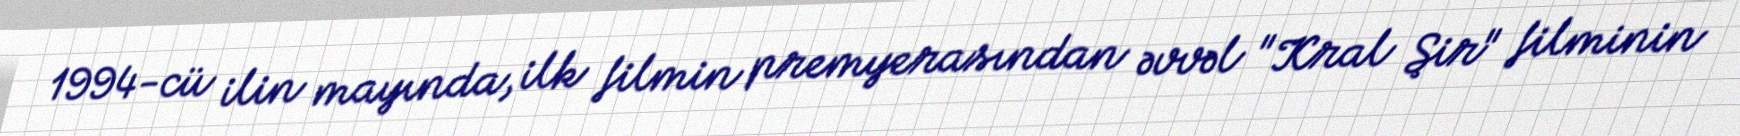
1994-cü ilin mayında, ilk filmin premyerasından əvvəl "Kral Şir" filminin